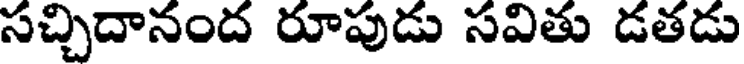
సచ్చిదానంద రూపుడు సవితు డతడు